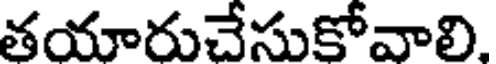
తయారుచేసుకోవాలి.